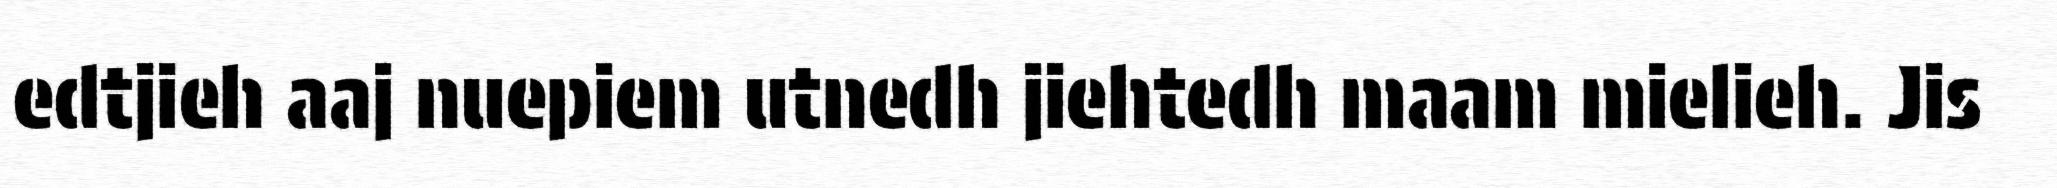
edtjieh aaj nuepiem utnedh jiehtedh maam mielieh. Jis